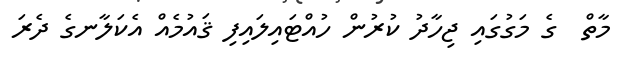
މާތް  ގެ މަގުގައި ޖިހާދު ކުރުން ހުއްޓައިލައިފި ޤައުމެއް އެކަލާނގެ ދެރަ